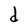
Character: d